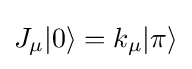
J_{\mu }|0\rangle =k_{\mu }|\pi \rangle